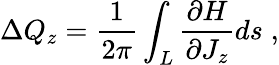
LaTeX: \Delta Q_{z}=\frac{1}{2\pi}\int_{L}\frac{\partial H}{\partial J_{z}}ds\; ,